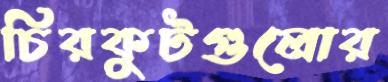
চিরকুটগুলোর